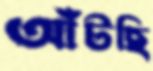
আঁটছি